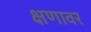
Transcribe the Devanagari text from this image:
क्षणावर